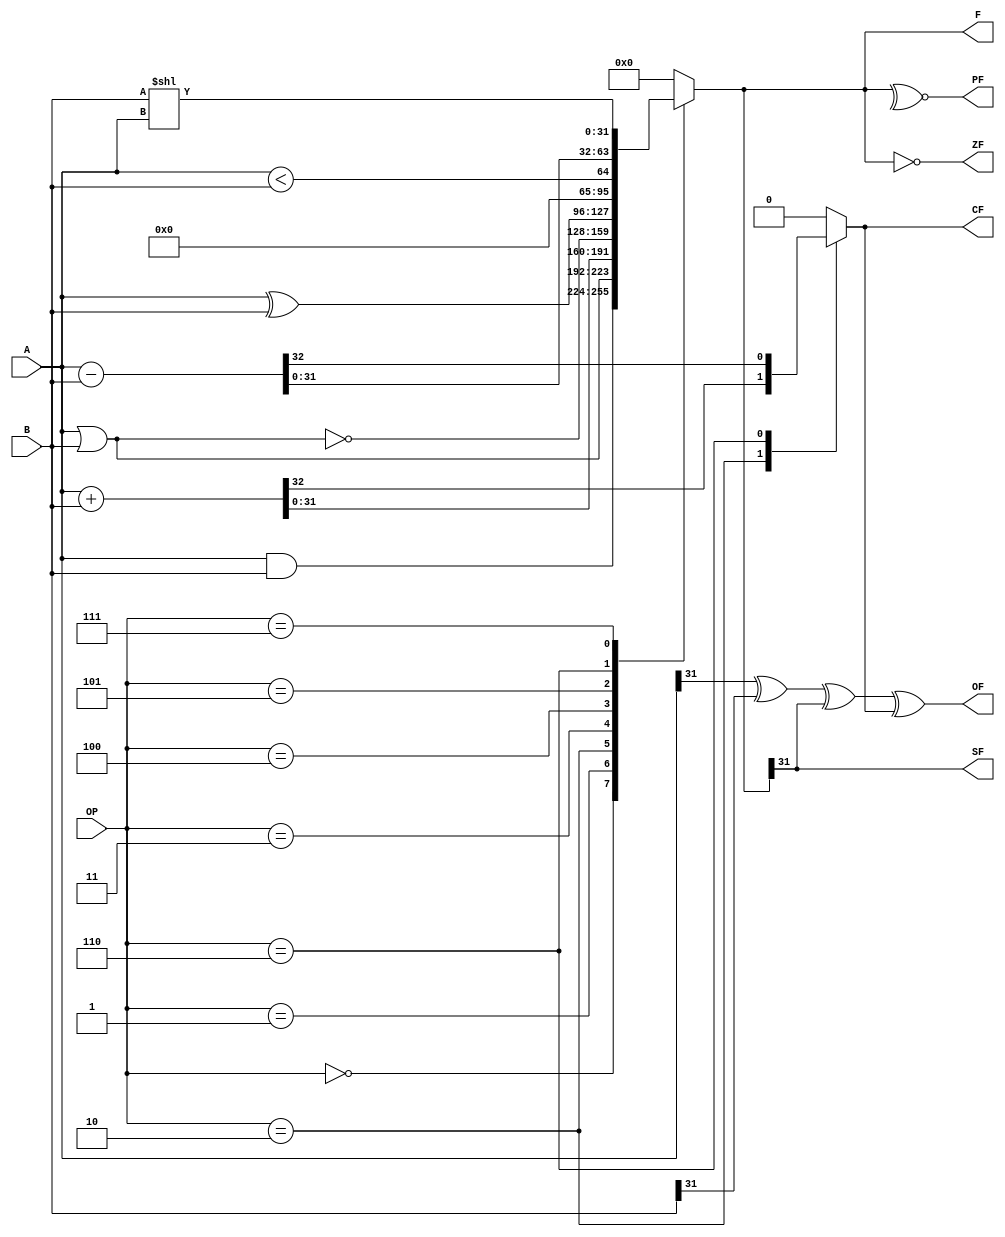
module ALU(OP, A, B, F, ZF, CF, OF, SF, PF);
    parameter SIZE = 32;
    input [3:0] OP;
    input [SIZE-1:0] A;
    input [SIZE-1:0] B;
    output [SIZE-1:0] F;
    output ZF,
           CF,
           OF,
           SF,
           PF;

    reg [SIZE-1:0] F;
    reg C, ZF, CF, OF, SF, PF;

    always @(*)
    begin
        C = 0;
        case(OP)
            4'b0000: begin F = A&B; end
            4'b0001: begin F = A|B; end
            4'b0010: begin {C,F} = A + B; end 
            4'b0011: begin F = ~(A|B); end 
            4'b0100: begin F = A^B; end
            4'b0101: begin F = A < B; end
            4'b0110: begin {C,F} = A - B; end 
            4'b0111: begin F = B << A; end 
            default: begin F = 0; end
        endcase
        ZF = F == 0; 
        CF = C; 
        OF = A[SIZE-1]^B[SIZE-1]^F[SIZE-1]^C;
        SF = F[SIZE-1];
        PF = ~^F; 
    end
endmodule